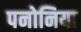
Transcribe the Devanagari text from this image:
पनोनिया